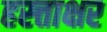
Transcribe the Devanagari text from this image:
हस्त्ताक्षर